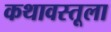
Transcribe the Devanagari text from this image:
कथावस्तूला